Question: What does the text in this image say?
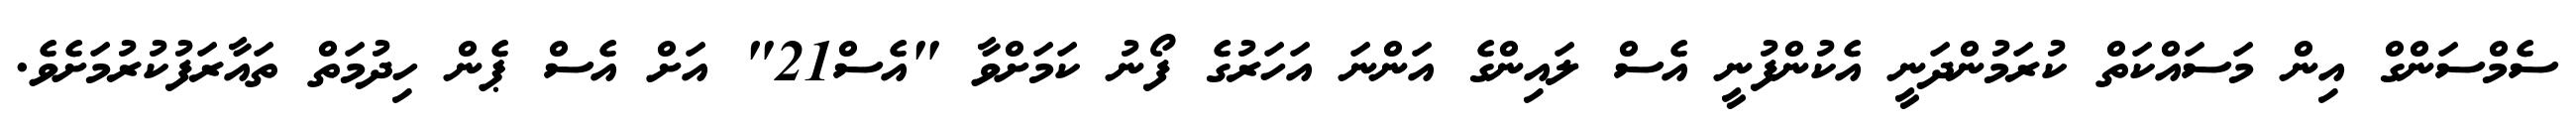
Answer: ސެމްސަންގް އިން މަސައްކަތް ކުރަމުންދަނީ އެކުންފުނީ އެސް ލައިންގެ އަންނަ އަހަރުގެ ފޯނު ކަމަށްވާ "އެސް21" އަށް އެސް ޕެން ހިދުމަތް ތައާރަފުކުރުމަށެވެ.